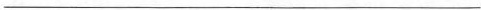
___